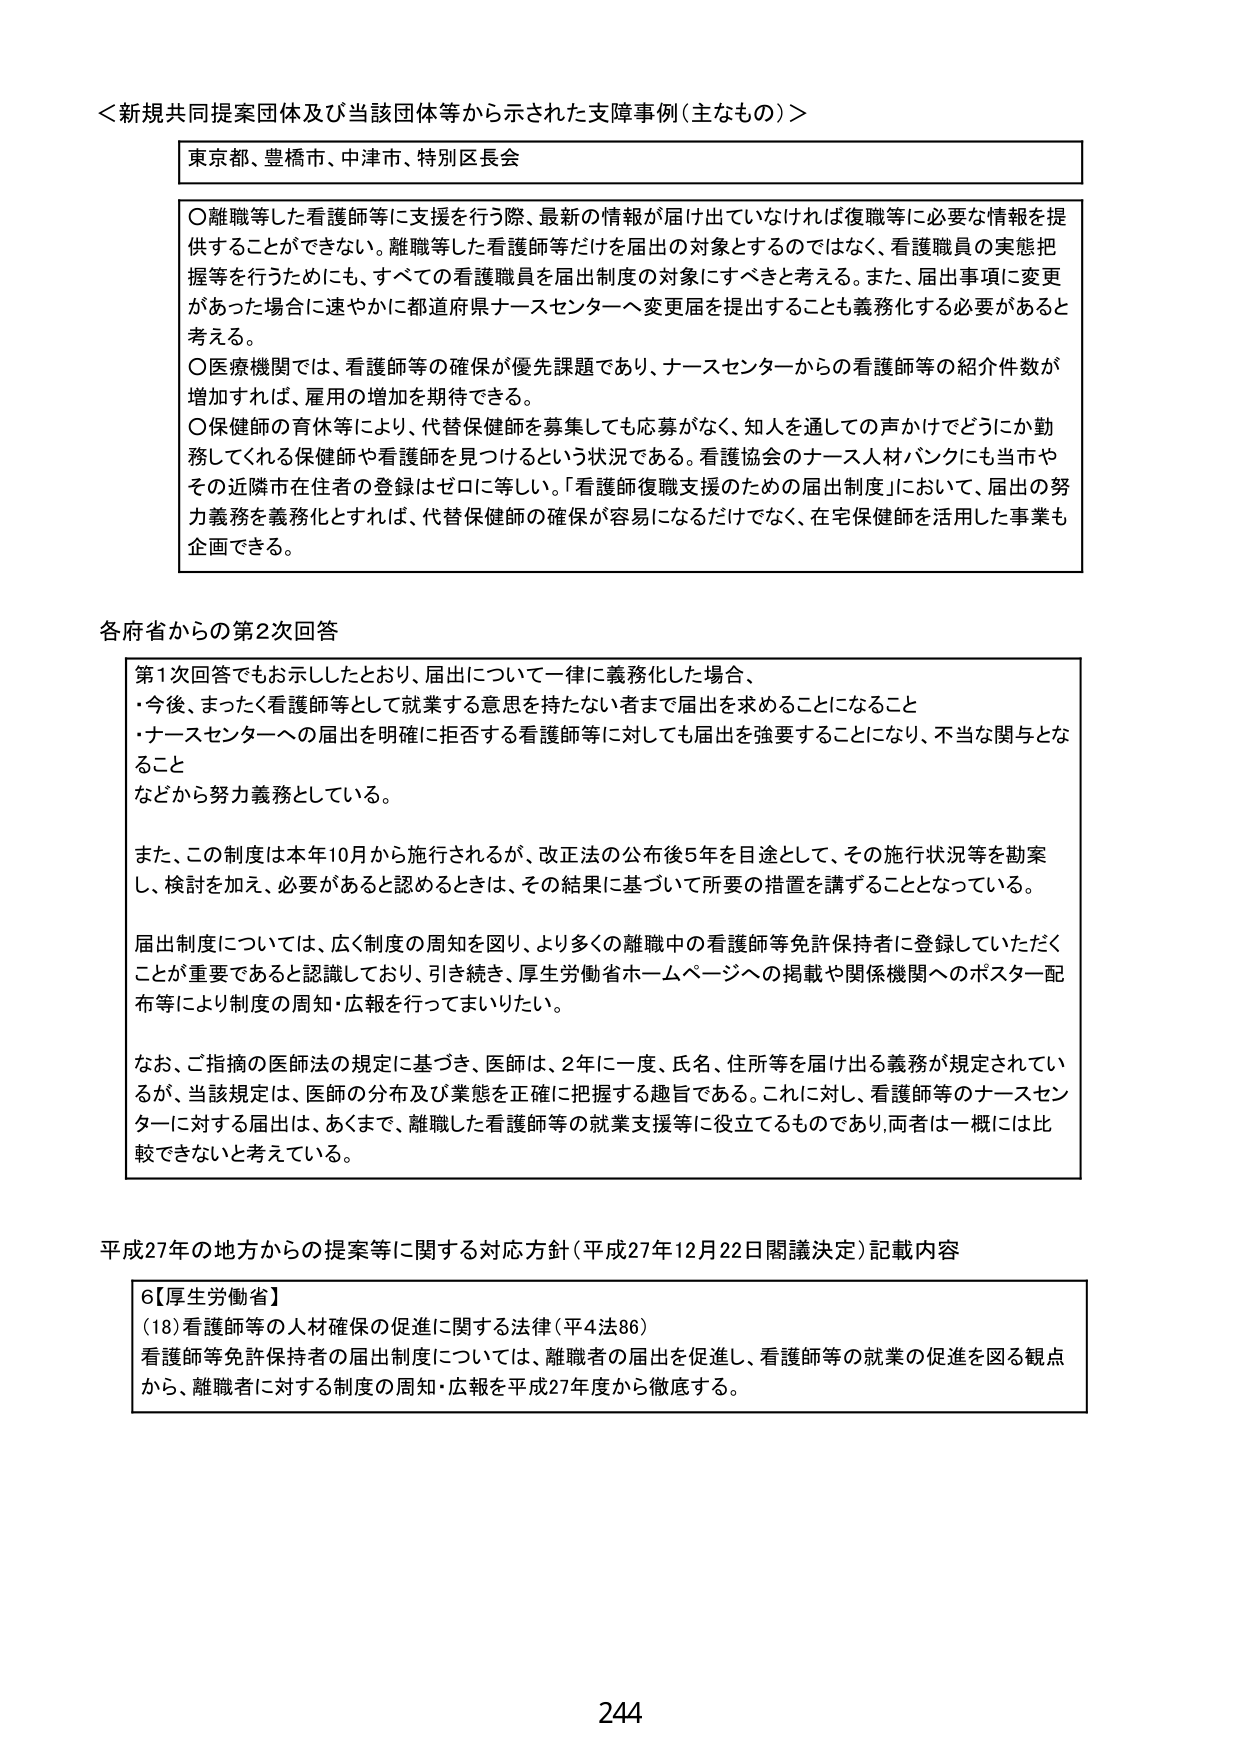
＜新規共同提案団体及び当該団体等から示された支援事例（主なもの）＞

東京都、豊橋市、中津市、特別区長会

○離職等した看護師等に支援を行う際、最新の情報が届けていなければ復職等に必要な情報を提供することができない。離職等した看護師等だけを届出の対象とするのではなく、看護職員の実態把握等を行うためにも、すべての看護職員を届出制度の対象にすべきと考える。また、届出事項に変更があった場合に速やかに都道府県ナースセンターへ変更届を提出することも義務化する必要があると考える。

○医療機関では、看護師等の確保が優先課題であり、ナースセンターからの看護師等の紹介件数が増加すれば、雇用の増加を期待できる。

○保健師の育休等により、代替保健師を募集しても応募がなく、知人を通しての声かけでどうにか勤務してくれる保健師や看護師を見つけるという状況である。看護協会のナース人材バンクにも当市やその近隣市在住者の登録はゼロに等しい。「看護師復職支援のための届出制度」において、届出の努力義務を義務化とすれば、代替保健師の確保が容易になるだけでなく、在宅保健師を活用した事業も企画できる。

各府省からの第2次回答

第1次回答でもお示ししたとおり、届出について一律に義務化した場合、
・今後、まったく看護師等として就業する意思を持たない者まで届出を求めることになること
・ナースセンターへの届出を明確に拒否する看護師等に対しても届出を強要することになり、不当な関与となること
などから努力義務としている。

また、この制度は本年10月から施行されるが、改正法の公布後5年を目途として、その施行状況等を勘案し、検討を加え、必要があると認めるときは、その結果に基づいて所要の措置を講ずることとなっている。

届出制度については、広く制度の周知を図り、より多くの離職中の看護師等免許保持者に登録していただくことが重要であると認識しており、引き続き、厚生労働省ホームページへの掲載や関係機関へのポスター配布等により制度の周知・広報を行ってまいりたい。

なお、ご指摘の医師法の規定に基づき、医師は、2年に一度、氏名、住所等を届け出る義務が規定されているが、当該規定は、医師の分布及び業態を正確に把握する趣旨である。これに対し、看護師等のナースセンターに対する届出は、あくまで、離職した看護師等の就業支援等に役立てるものであり、両者は一概には比較できないと考えている。

平成27年の地方からの提案等に関する対応方針（平成27年12月22日閣議決定）記載内容

6【厚生労働省】
（18）看護師等の人材確保の促進に関する法律（平4法86）
看護師等免許保持者の届出制度については、離職者の届出を促進し、看護師等の就業の促進を図る観点から、離職者に対する制度の周知・広報を平成27年度から徹底する。

244